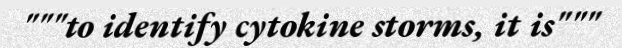
"""to identify cytokine storms, it is"""